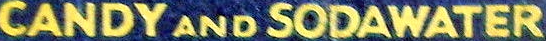
CANDY AND SODAWATER